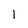
Character: 1